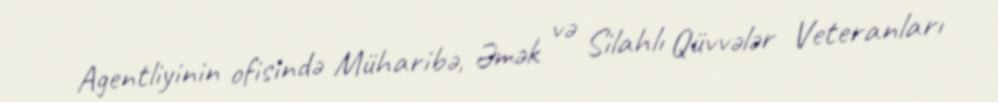
Agentliyinin ofisində Müharibə, Əmək və Silahlı Qüvvələr Veteranları